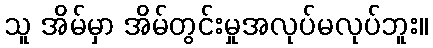
သူ အိမ်မှာ အိမ်တွင်းမှုအလုပ်မလုပ်ဘူး။